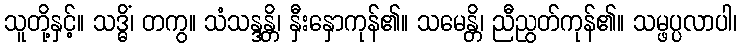
သူတို့နှင့်။ သဒ္ဓိံ၊ တကွ။ သံသန္ဒန္တိ၊ နှီးနှောကုန်၏။ သမေန္တိ၊ ညီညွတ်ကုန်၏။ သမ္ဖပ္ပလာပါ၊